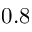
0 . 8